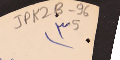
JPK2B-96			5		٣)